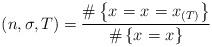
LaTeX: \begin{align*}_{}(n,\sigma,T) =\frac{ \# \left\{ x_{} = x_{} = x_{(T)} \right\} } { \# \left\{ x_{} = x_{} \right\} }\end{align*}